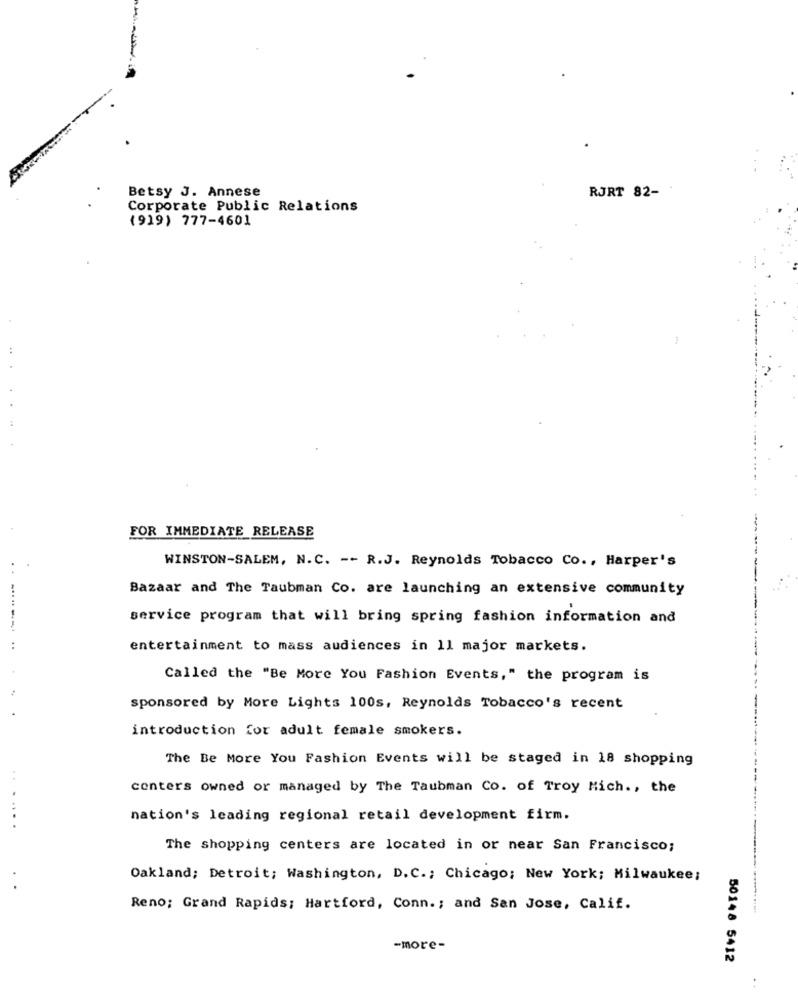
Betsy J. Annese
RJRT 82-
Corporate Public Relations
(919) 777-4601
1
FOR IMMEDIATE_RELEASE
WINSTON-SALEM, N.C. -- R.J. Reynolds Tobacco Co ., Harper's
Bazaar and The Taubman Co. are launching an extensive community
service program that will bring spring fashion information and
-----
..
entertainment to mass audiences in 11 major markets.
Called the "Be More You Fashion Events," the program is
sponsored by More Lights 100s, Reynolds Tobacco's recent
introduction for adult female smokers.
The Be More You Fashion Events will be staged in 18 shopping
centers owned or managed by The Taubman Co. of Troy Mich ., the
nation's leading regional retail development firm.
.....
The shopping centers are located in or near San Francisco;
Oakland; Detroit; Washington, D.C .; Chicago; New York; Milwaukee;
.
Reno; Grand Rapids; Hartford, Conn .; and San Jose, Calif.
-more-
50148 5412